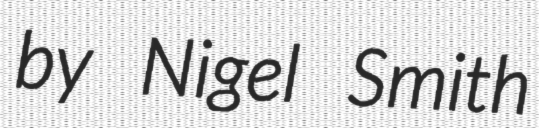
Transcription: by Nigel Smith